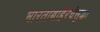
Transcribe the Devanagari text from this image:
भारताबाहेरचेसुद्धा